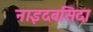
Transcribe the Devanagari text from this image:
नाइदबसिदा